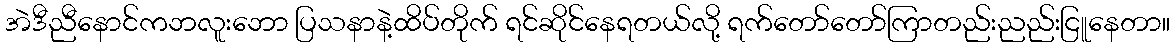
အဲဒီညီနောင်ကဘလူးဘော ပြသနာနဲ့ထိပ်တိုက် ရင်ဆိုင်နေရတယ်လို့ ရက်တော်တော်ကြာတည်းညည်းငြူနေတာ။